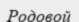
Родовой